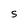
Character: S